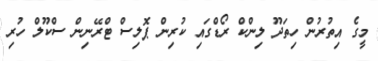
މީގެ އިތުރުން ހިތަދޫ ލިންކް ރޯޑްގައި ކުރިން ޕޮލިސް ޓްރޭނިން ސްކޫލް ހުރި